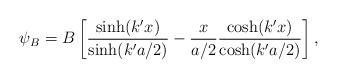
LaTeX: \begin{align*}\psi_{B}=B\left[\frac{\sinh(k'x)}{\sinh(k'a/2)}-\frac{x}{a/2}\frac{\cosh(k'x)}{\cosh(k'a/2)}\right],\end{align*}